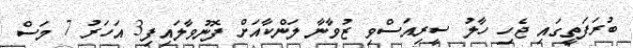
ބުރަފަތީގައި ޖެހި ހާލު ސީރިއަސްވި ޒުވާނާ ލަންކާއަށް ފޮނުވާލައިފި3 އަހަރު 7 މަސް